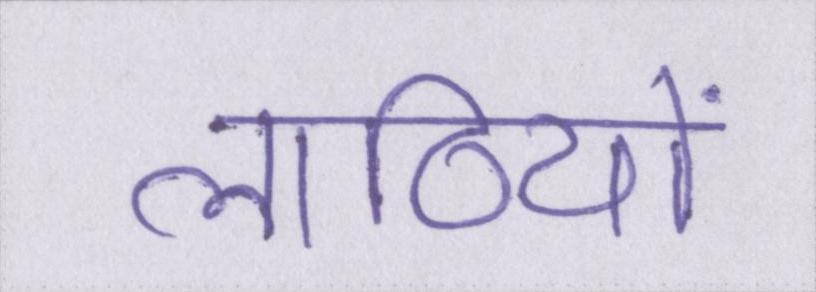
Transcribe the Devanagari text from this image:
लाठियों